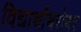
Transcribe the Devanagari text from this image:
विद्यार्थांबरोबर